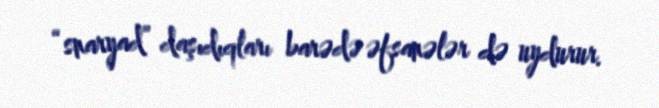
“snaryad” daşıdıqları barədə əfsanələr də uydurur.